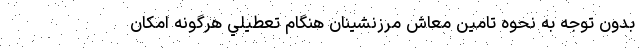
بدون توجه به نحوه تامين معاش مرزنشينان هنگام تعطيلي هرگونه امكان